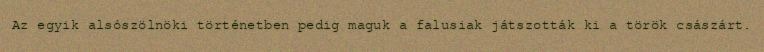
Az egyik alsószölnöki történetben pedig maguk a falusiak játszották ki a török császárt.